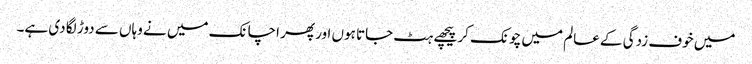
میں خوف زدگی کے عالم میں چونک کر پیچھے ہٹ جاتا ہوں اور پھر اچانک میں نے وہاں سے دوڑ لگا دی ہے۔